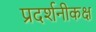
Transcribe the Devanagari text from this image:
प्रदर्शनीकक्ष